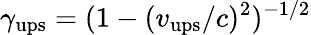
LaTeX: \gamma_{\mathrm{ups}}=(1-(v_{\mathrm{ups}}/c)^{2})^{-1/2}